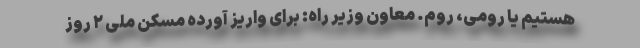
هستیم یا رومی، روم. معاون وزیر راه: برای واریز آورده مسکن ملی ۲ روز